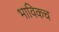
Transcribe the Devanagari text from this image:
भाविकच